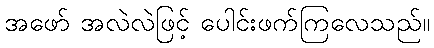
အဖော် အလဲလဲဖြင့် ပေါင်းဖက်ကြလေသည်။